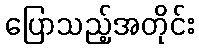
ပြောသည့်အတိုင်း